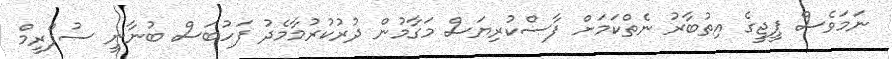
ނަމަވެސް ޕީޖީގެ އިތުބާރު ނެތްކަމަށް ފާސްކުރިޔަސް މަގާމުން ދުރުކުރުމާމެދު ފަހުބަސް ބުނާނީ ސުޕްރީމް